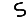
Digit: 5